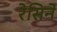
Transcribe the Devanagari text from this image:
रेसिने